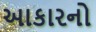
આકારનો